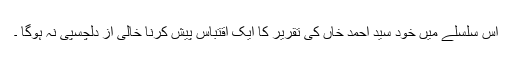
اس سلسلے میں خود سید احمد خاں کی تقریر کا ایک اقتباس پیش کرنا خالی از دلچسپی نہ ہوگا ۔